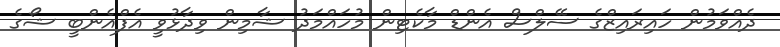
ދެއްވަމުން ހައިރައިޒްގެ ސޭލްސް އެންޑް މާކެޓިން މުހައްމަދު ޝާމިން ވިދާޅުވީ އެފްއެންބީ ޝޯގެ